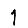
Digit: 1